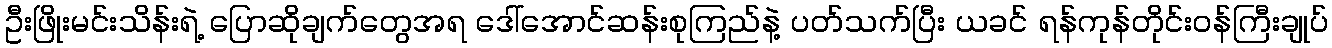
ဦးဖြိုးမင်းသိန်းရဲ့ ပြောဆိုချက်တွေအရ ဒေါ်အောင်ဆန်းစုကြည်နဲ့ ပတ်သက်ပြီး ယခင် ရန်ကုန်တိုင်းဝန်ကြီးချုပ်